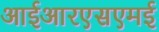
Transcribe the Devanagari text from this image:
आईआरएसएमई